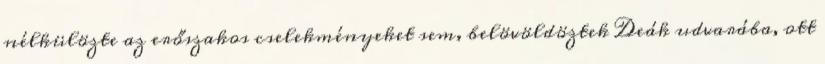
nélkülözte az erőszakos cselekményeket sem, belövöldöztek Deák udvarába, ott